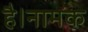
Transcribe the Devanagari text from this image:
है।नामक